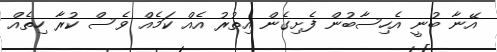
އޭނާ ބުނީ އެހިސާބުން ފެށިގެން އިތުރު އެއް ކަމެއް ވެސް ކުރާ ހިތެއް